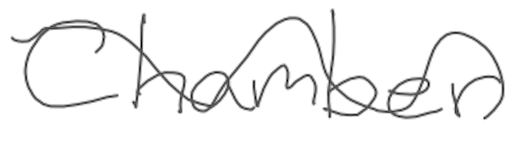
Text: Chamber
Cross-out: wave
Writing tool: digital_gray